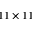
1 1 \times 1 1